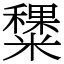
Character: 䊬